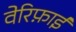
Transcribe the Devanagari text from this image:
वेरिफ़ाई